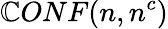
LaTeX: \mathbb{C}ONF(n,n^{c})